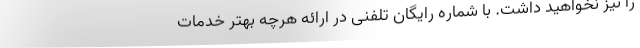
را نیز نخواهید داشت. با شماره رایگان تلفنی در ارائه هرچه بهتر خدمات